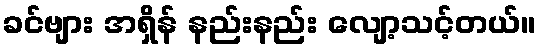
ခင်ဗျား အရှိန် နည်းနည်း လျော့သင့်တယ်။